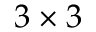
3 \times 3